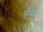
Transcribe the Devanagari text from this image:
वैर्य